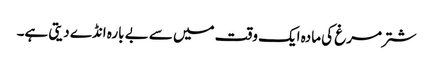
شتر مرغ کی مادہ ایک وقت میں سے بے بارہ انڈے دیتی ہے۔